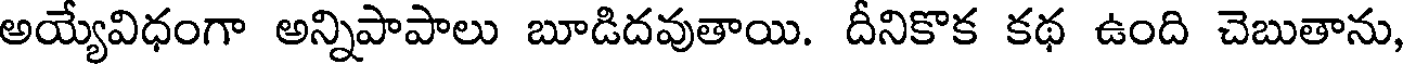
అయ్యేవిధంగా అన్నిపాపాలు బూడిదవుతాయి. దీనికొక కథ ఉంది చెబుతాను,